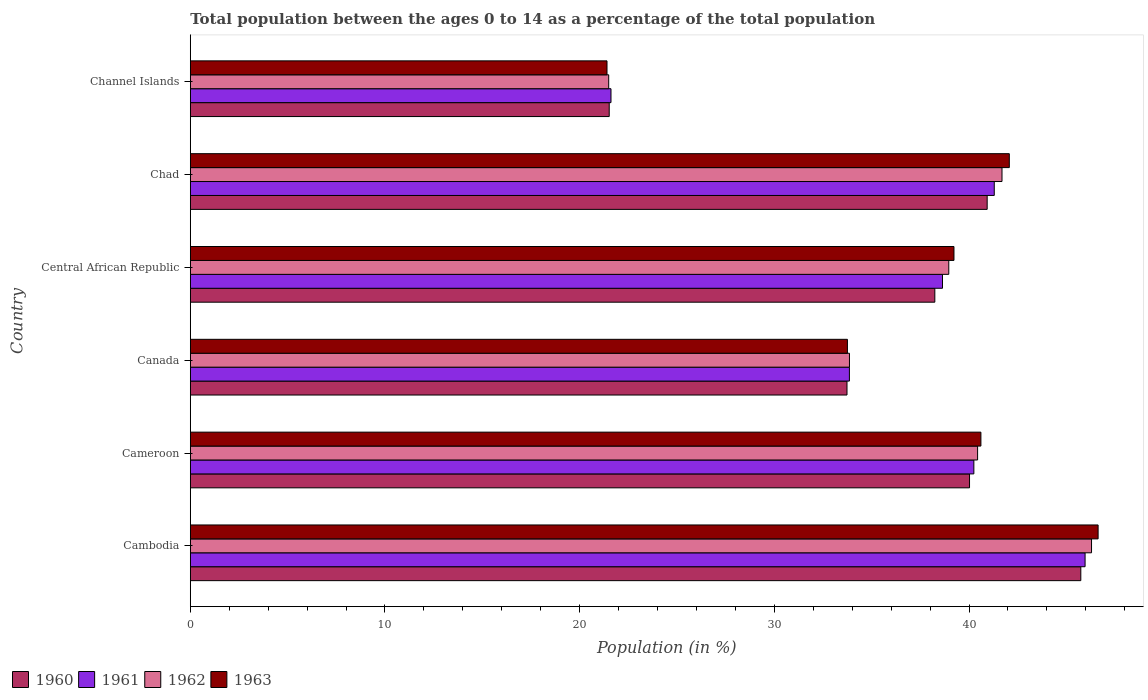
| Country | 1960 | 1961 | 1962 | 1963 |
 | --- | --- | --- | --- | --- |
 | Cambodia | 45.7 | 46 | 46.3 | 46.6 |
 | Cameroon | 40 | 40.2 | 40.4 | 40.6 |
 | Canada | 33.7 | 33.9 | 33.9 | 33.8 |
 | Central African Republic | 38.2 | 38.6 | 39 | 39.2 |
 | Chad | 40.9 | 41.3 | 41.7 | 42.1 |
 | Channel Islands | 21.5 | 21.6 | 21.5 | 21.4 |